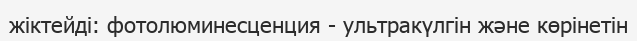
жіктейді: фотолюминесценция - ультракүлгін және көрінетін